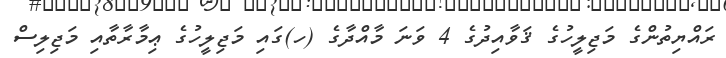
ރައްޔިތުންގެ މަޖިލީހުގެ ޤަވާއިދުގެ 4 ވަނަ މާއްދާގެ (ހ)ގައި މަޖިލީހުގެ ޢިމާރާތާއި މަޖިލިސް